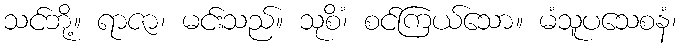
သင်ဘို့။ ရာဇာ၊ မင်းသည်။ သုစိံ၊ စင်ကြယ်သော။ မံသူပသေစနံ၊